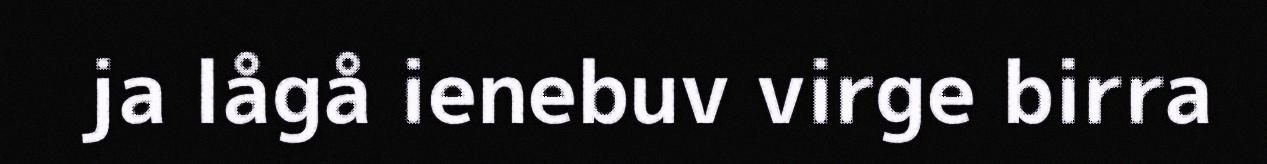
ja lågå ienebuv virge birra